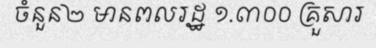
ចំនួន២ មានពលរដ្ឋ ១.៣០០ គ្រួសារ